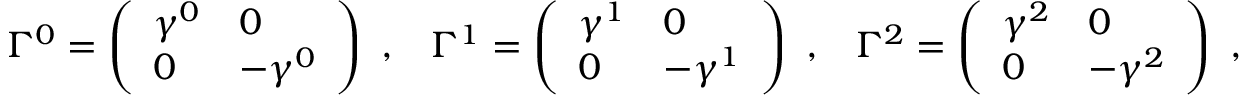
\Gamma ^ { 0 } = \left( \begin{array} { l l } { { \gamma ^ { 0 } } } & { { 0 } } \\ { { 0 } } & { { - \gamma ^ { 0 } } } \end{array} \right) \ , \; \; \; \Gamma ^ { 1 } = \left( \begin{array} { l l } { { \gamma ^ { 1 } } } & { { 0 } } \\ { { 0 } } & { { - \gamma ^ { 1 } } } \end{array} \right) \ , \; \; \; \Gamma ^ { 2 } = \left( \begin{array} { l l } { { \gamma ^ { 2 } } } & { { 0 } } \\ { { 0 } } & { { - \gamma ^ { 2 } } } \end{array} \right) \ ,